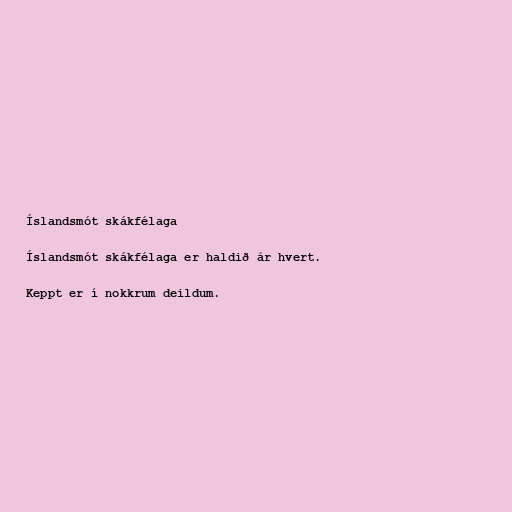
Íslandsmót skákfélaga

Íslandsmót skákfélaga er haldið ár hvert.

Keppt er í nokkrum deildum.